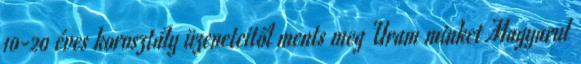
10-20 éves korosztály üzeneteitől ments meg Uram minket Magyarul